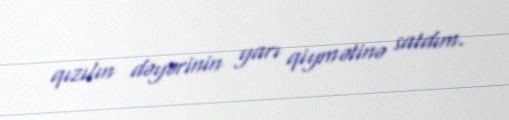
qızılın dəyərinin yarı qiymətinə satdım.